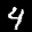
Label: 4